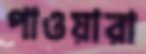
পাওয়ারা